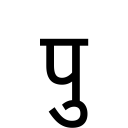
OCR:
पु